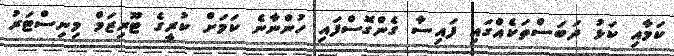
ކަމާއި ކަޅު ދަބަސްތަކެއްގައި ފައިސާ ގެންގޮސްފައި ހުންނާނެ ކަމަށް ކުރީގެ ޓޫރިޒަމް މިނިސްޓަރު